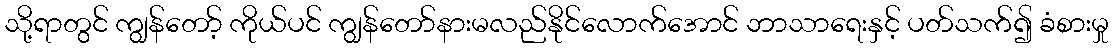
သို့ရာတွင် ကျွန်တော့် ကိုယ်ပင် ကျွန်တော်နားမလည်နိုင်လောက်အောင် ဘာသာရေးနှင့် ပတ်သက်၍ ခံစားမှု